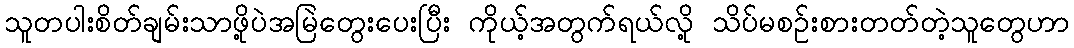
သူတပါးစိတ်ချမ်းသာဖို့ပဲအမြဲတွေးပေးပြီး ကိုယ့်အတွက်ရယ်လို့ သိပ်မစဉ်းစားတတ်တဲ့သူတွေဟာ